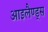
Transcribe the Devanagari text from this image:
आइलैण्ड्स